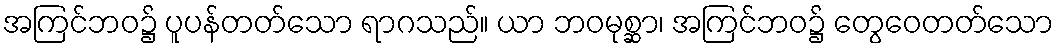
အကြင်ဘဝ၌ ပူပန်တတ်သော ရာဂသည်။ ယာ ဘဝမုစ္ဆာ၊ အကြင်ဘဝ၌ တွေဝေတတ်သော